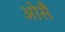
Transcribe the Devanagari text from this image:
ओसै